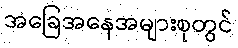
အခြေအနေအများစုတွင်